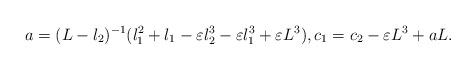
LaTeX: \begin{align*}a=(L-l_2)^{-1} (l_1^2+l_1-\varepsilon l_2^3-\varepsilon l_1^3 + \varepsilon L^3), c_1=c_2 -\varepsilon L^3 + aL.\end{align*}